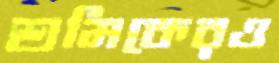
শ্রমিকেরও